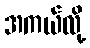
အကယ်လို့